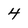
Character: 4